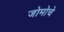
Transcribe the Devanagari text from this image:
जोमोचे